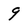
Character: 9